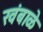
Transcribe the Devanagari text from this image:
खंबाळे